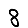
Digit: 8